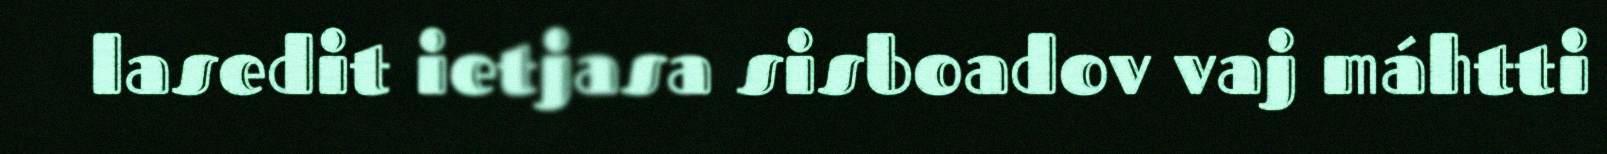
lasedit ietjasa sisboadov vaj máhtti